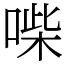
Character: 喍